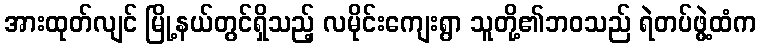
အားထုတ်လျင် မြို့နယ်တွင်ရှိသည့် လမိုင်းကျေးရွာ သူတို့၏ဘဝသည် ရဲတပ်ဖွဲ့ထံက